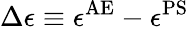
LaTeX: \Delta\epsilon\equiv\epsilon^{\mathrm{AE}}-\epsilon^{\mathrm{PS}}